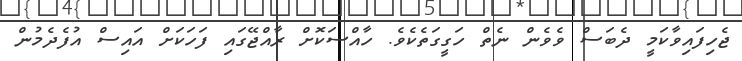
ޖެހިފައިވާކަމީ ދެބަސް ވެވެން ނެތް ހަގީގަތެކެވެ. ހާއްސަކޮށް ރާއްޖޭގައި ފަހަކަށް އައިސް އުފެދެމުން